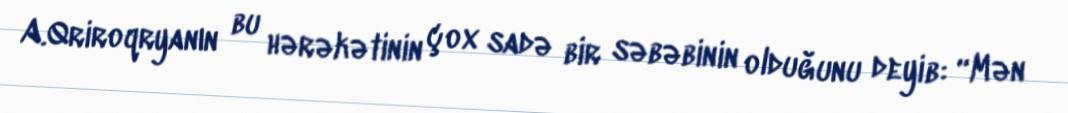
A.Qriroqryanın bu hərəkətinin çox sadə bir səbəbinin olduğunu deyib: “Mən